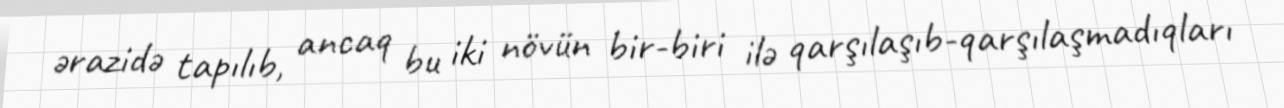
ərazidə tapılıb, ancaq bu iki növün bir-biri ilə qarşılaşıb-qarşılaşmadıqları